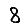
Digit: 8